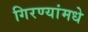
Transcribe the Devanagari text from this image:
गिरण्यांमधे